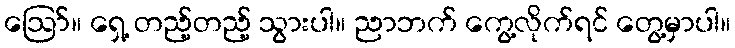
ဪ။ ရှေ့ တည့်တည့် သွားပါ။ ညာဘက် ကွေ့လိုက်ရင် တွေ့မှာပါ။